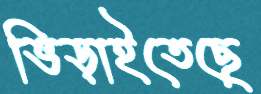
ভিড়াইতেছে